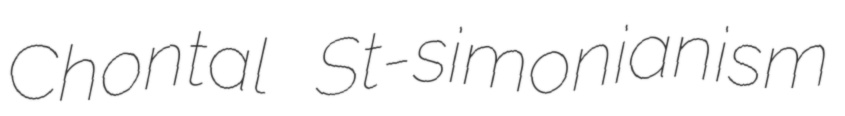
Chontal St-simonianism